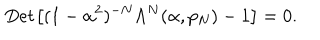
{ \it D e t } \left[ ( 1 - \alpha ^ { 2 } ) ^ { - N } \Lambda ^ { N } ( \alpha , p _ { N } ) - 1 \right] = 0 .